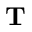
\mathbf T